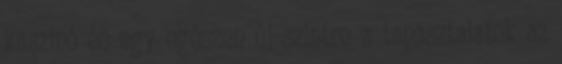
kaszinó és egy egészen új szintre a tapasztalatok az